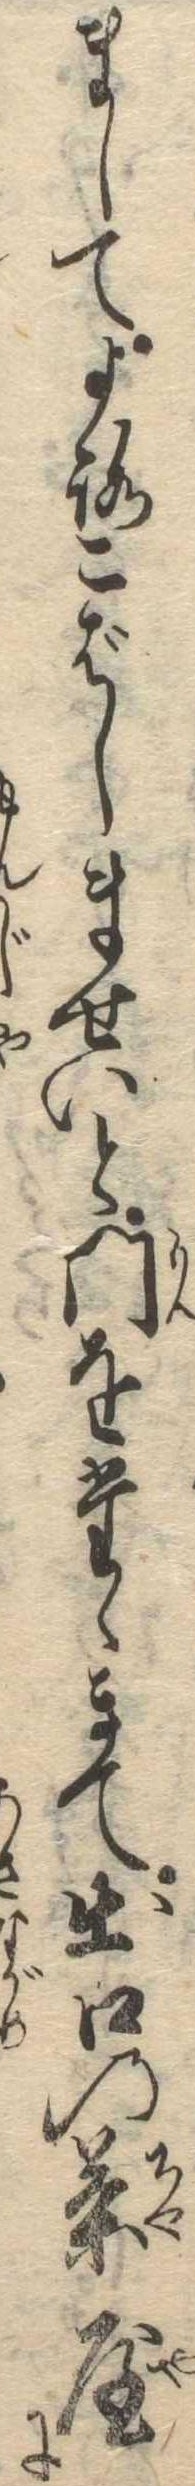
ましてよろこばしませいと門をたゝきて出口の茶屋に